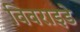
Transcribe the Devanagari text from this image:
विवराइडे